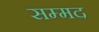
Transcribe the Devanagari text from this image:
सम्मद